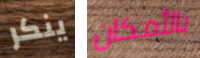
ينكر بالأمكان